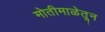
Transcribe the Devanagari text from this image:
मोतीमाळेतून